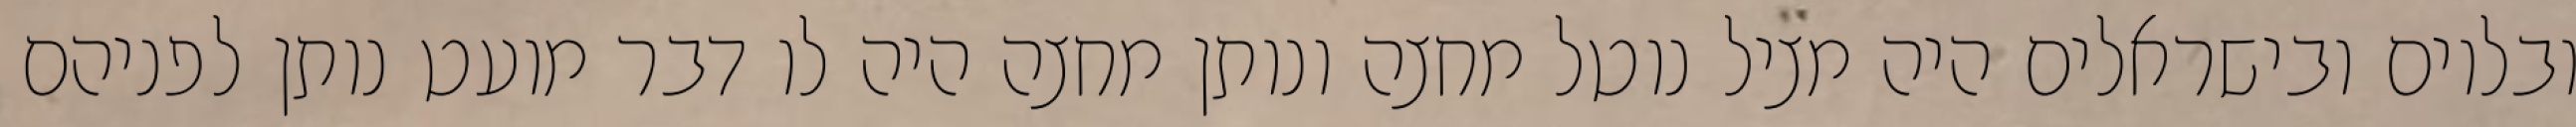
ובלוים ובישראלים היה מציל נוטל מחצה ונותן מחצה היה לו דבר מועט נותן לפניהם